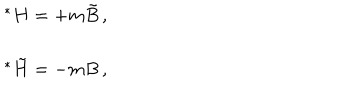
\begin{array} { r c l } { { } } & { { } } & { { { } ^ { * } H = + m \tilde { B } \, , } } \\ { { } } & { { } } & { { } } \\ { { } } & { { } } & { { { } ^ { * } \tilde { H } = - m B \, , } } \\ \end{array}